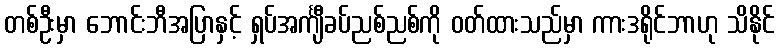
တစ်ဦးမှာ ဘောင်းဘီအပြာနှင့် ရှပ်အင်္ကျီခပ်ညစ်ညစ်ကို ဝတ်ထားသည်မှာ ကားဒရိုင်ဘာဟု သိနိုင်